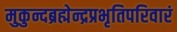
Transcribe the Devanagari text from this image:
मुकुन्दब्रह्मेन्द्रप्रभृतिपरिवारं